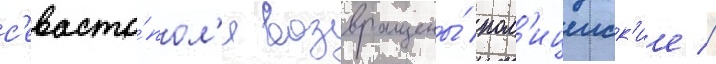
с'евасто́пол'я возвращены́ пол'ицеиск'ие //